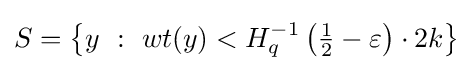
S=\left\{y\ :\ wt(y)<H_{q}^{-1}\left({\tfrac {1}{2}}-\varepsilon \right)\cdot 2k\right\}